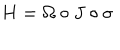
H = \Omega \circ J \circ \sigma